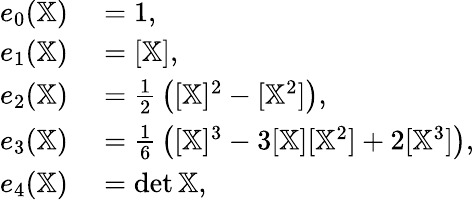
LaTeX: \begin{array}{rl}{e_{0}(\mathbb{X})}&{{}=1,}\\ {e_{1}(\mathbb{X})}&{{}=[\mathbb{X}],}\\ {e_{2}(\mathbb{X})}&{{}={\frac{1}{2}}\left([\mathbb{X}]^{2}-[\mathbb{X}^{2}]\right),}\\ {e_{3}(\mathbb{X})}&{{}={\frac{1}{6}}\left([\mathbb{X}]^{3}-3[\mathbb{X}][\mathbb{X}^{2}]+2[\mathbb{X}^{3}]\right),}\\ {e_{4}(\mathbb{X})}&{{}=\det\mathbb{X},}\end{array}